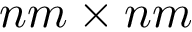
n m \times n m